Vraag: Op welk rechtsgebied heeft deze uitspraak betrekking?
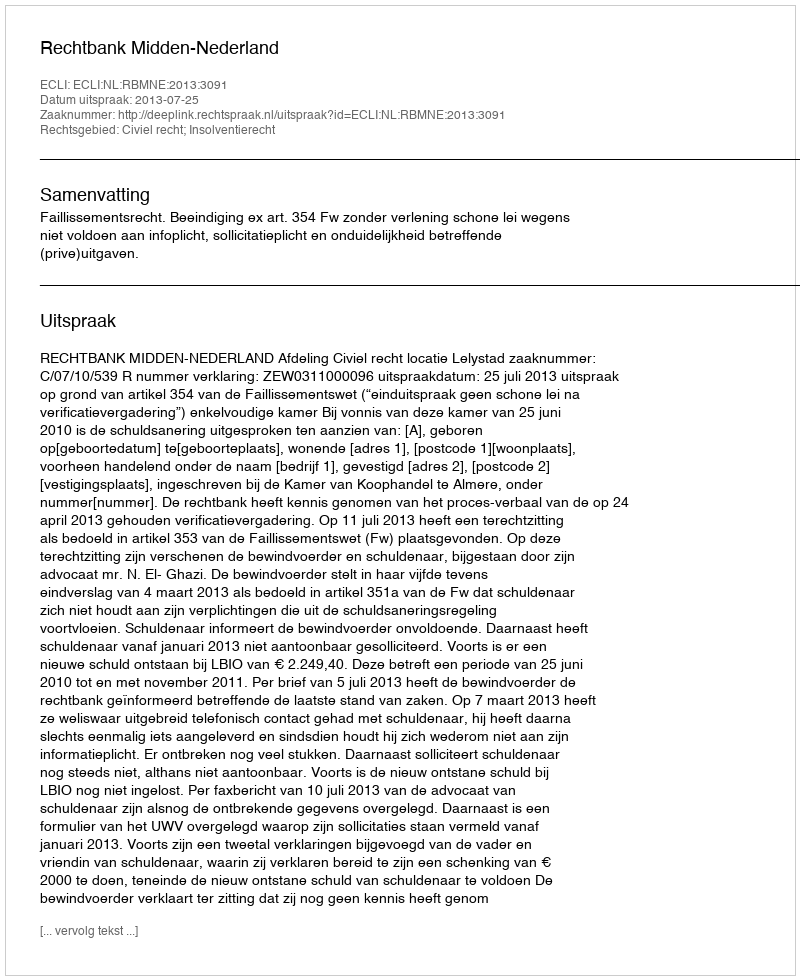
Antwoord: Civiel recht; Insolventierecht